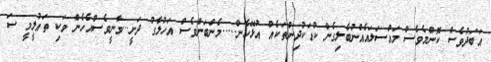
އަބަދުވެސް ކޮންމެވެސް މައްސަލައެއްނުބެލިގެން ކުޑަކުދިންތަކެއް އުޅޭހެން.....މެންބަންވެސް އަހުލާގު ދަށީ...ވާނީވެސްއެހެން ވަކި ތައުލީމީ ސަ